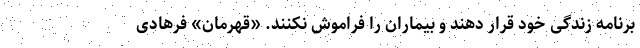
برنامه زندگی خود قرار دهند و بیماران را فراموش نکنند. «قهرمان» فرهادی